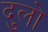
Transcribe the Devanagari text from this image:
दुलो